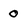
Character: 0